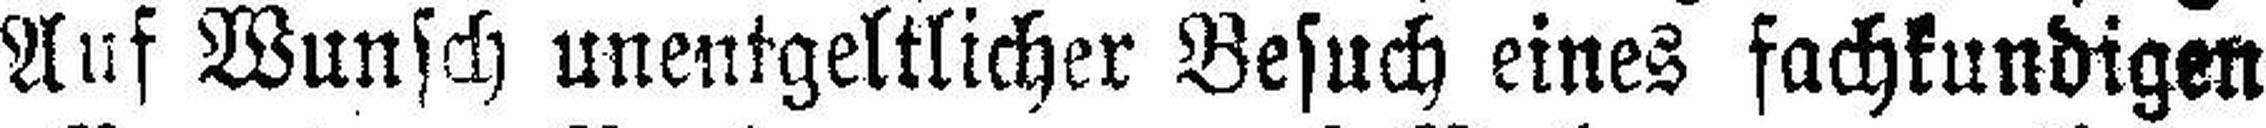
Auf Wunsch unentgeltlicher Besuch eines fachkundigen